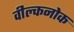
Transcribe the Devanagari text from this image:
वील्कनोक